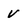
Character: v